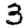
Digit: 3